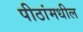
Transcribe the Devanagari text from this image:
पीठांमधील